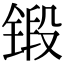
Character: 锻